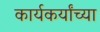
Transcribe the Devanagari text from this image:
कार्यकर्यांच्या